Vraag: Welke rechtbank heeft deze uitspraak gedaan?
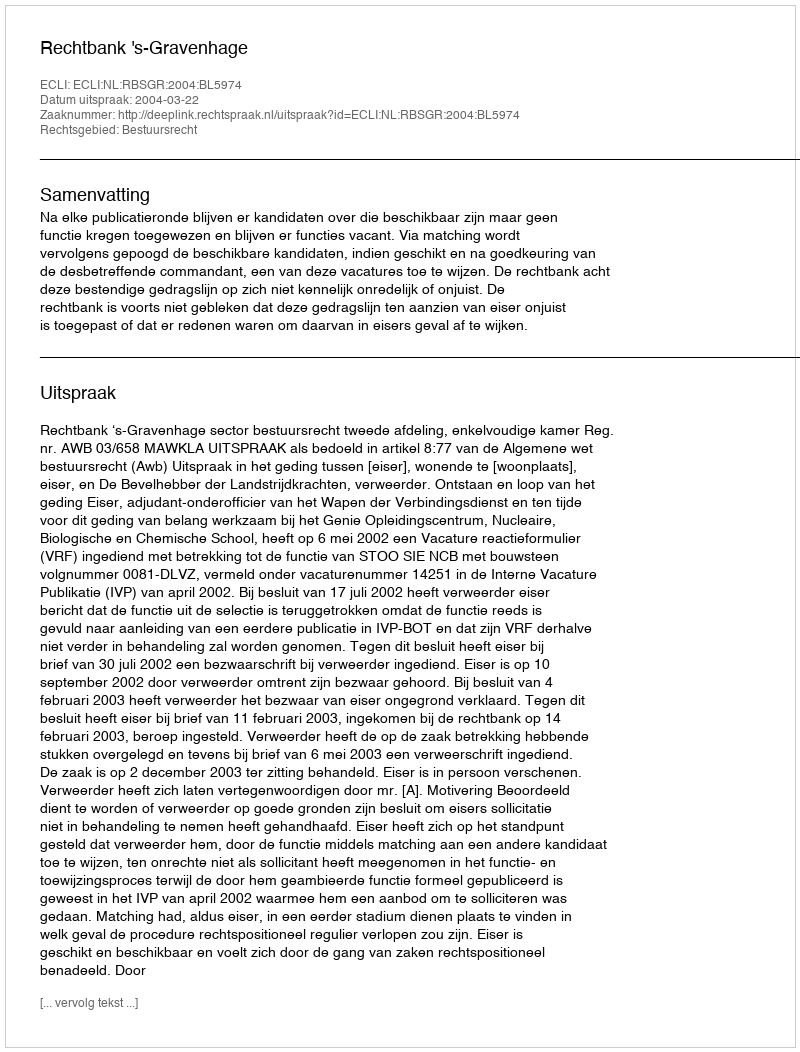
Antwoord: Rechtbank 's-Gravenhage